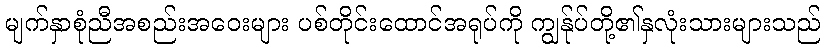
မျက်နှာစုံညီအစည်းအဝေးများ ပစ်တိုင်းထောင်အရုပ်ကို ကျွန်ုပ်တို့၏နှလုံးသားများသည်